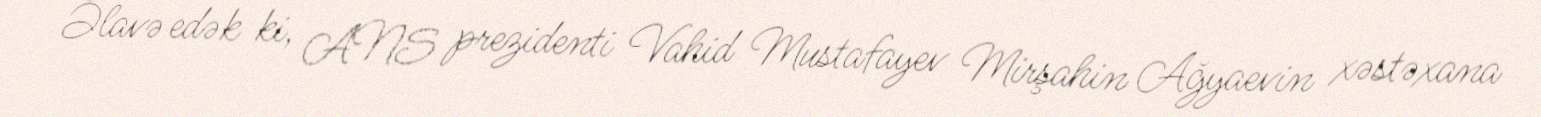
Əlavə edək ki, ANS prezidenti Vahid Mustafayev Mirşahin Ağyaevin xəstəxana